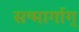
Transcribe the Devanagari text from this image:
सन्मार्गाग्